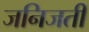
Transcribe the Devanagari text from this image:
जनिजती